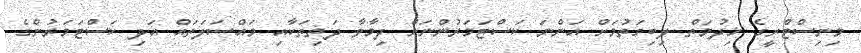
މިނިސްޓްރީގެ ޚިދުމަތް ލިބިގަތުމަށް އަންނަ ކަސްޓަމަރުންނަށް ދިމާވާ ދަތިތަކާއި މައްސަލަތައް އަދި ކަސްޓަމަރުންގެ